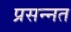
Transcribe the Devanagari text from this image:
प्रसन्नत